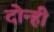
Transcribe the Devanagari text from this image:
दोन्‍ही